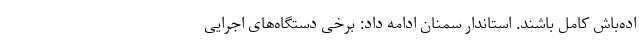
اده‌باش کامل باشند. استاندار سمنان ادامه داد: برخی دستگاه‌های اجرایی